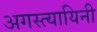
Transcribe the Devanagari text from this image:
अगस्त्यायिनी